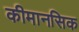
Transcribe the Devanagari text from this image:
कीमानसिक